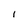
Character: 1